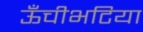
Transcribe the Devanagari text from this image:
ऊँचीभटिया